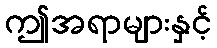
ဤအရာများနှင့်